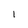
Character: I